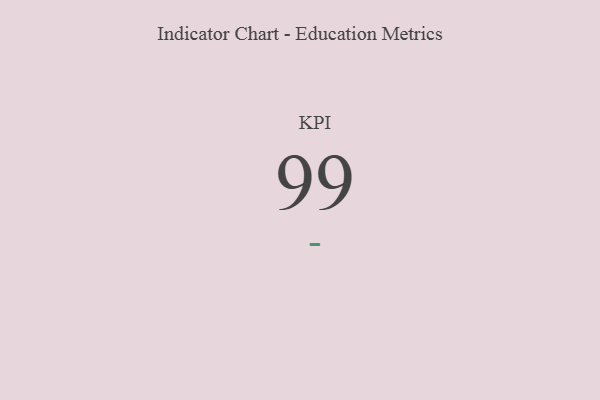
{"axis": {"x": "KPI", "y": "Value"}, "legend": [""], "data": [{"x": "KPI", "y": 99, "type": ""}]}